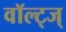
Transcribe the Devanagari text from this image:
वॉल्ट्ज्